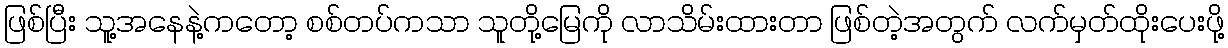
ဖြစ်ပြီး သူ့အနေနဲ့ကတော့ စစ်တပ်ကသာ သူတို့မြေကို လာသိမ်းထားတာ ဖြစ်တဲ့အတွက် လက်မှတ်ထိုးပေးဖို့